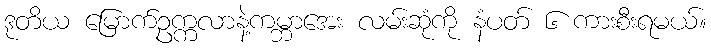
ဒုတိယ မြောက်ဥက္ကလာနဲ့ကမ္ဘာအေး လမ်းဆုံကို နံပတ် ၆ ကားစီးရမယ်။